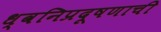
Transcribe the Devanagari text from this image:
ध्वनिप्रदूषणाची